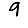
Digit: 9